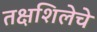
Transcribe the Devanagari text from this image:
तक्षशिलेचे